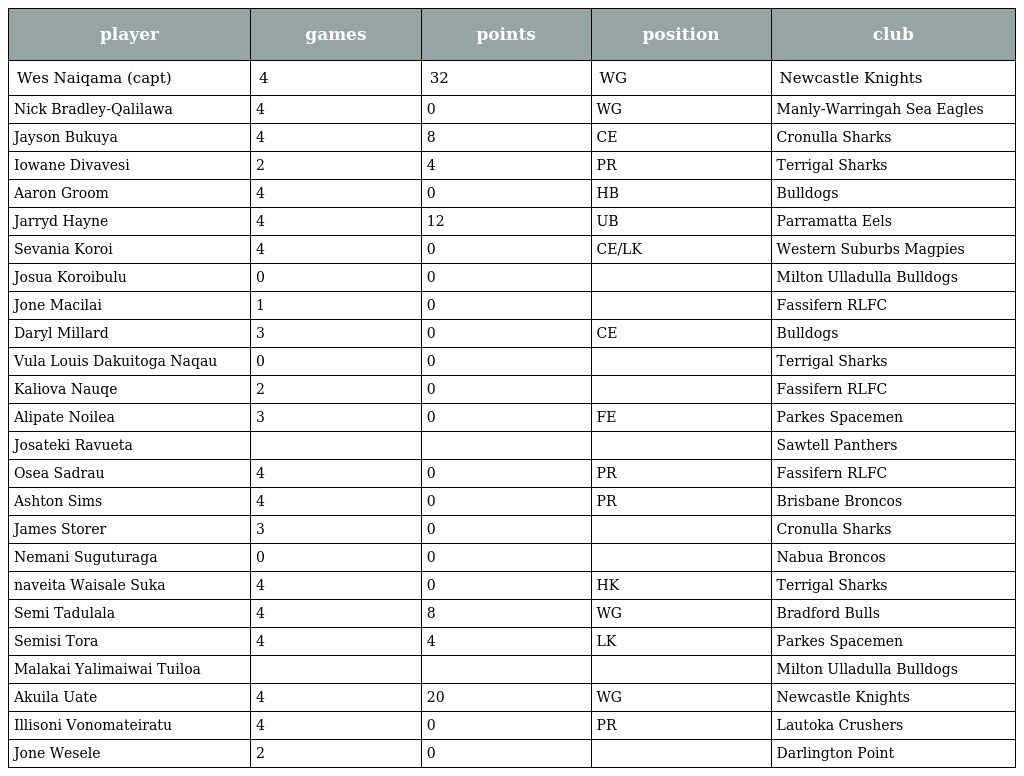
| player | games | points | position | club |
 | --- | --- | --- | --- | --- |
 | Wes Naiqama (capt) | 4 | 32 | WG | Newcastle Knights |
 | Nick Bradley-Qalilawa | 4 | 0 | WG | Manly-Warringah Sea Eagles |
 | Jayson Bukuya | 4 | 8 | CE | Cronulla Sharks |
 | Iowane Divavesi | 2 | 4 | PR | Terrigal Sharks |
 | Aaron Groom | 4 | 0 | HB | Bulldogs |
 | Jarryd Hayne | 4 | 12 | UB | Parramatta Eels |
 | Sevania Koroi | 4 | 0 | CE/LK | Western Suburbs Magpies |
 | Josua Koroibulu | 0 | 0 |  | Milton Ulladulla Bulldogs |
 | Jone Macilai | 1 | 0 |  | Fassifern RLFC |
 | Daryl Millard | 3 | 0 | CE | Bulldogs |
 | Vula Louis Dakuitoga Naqau | 0 | 0 |  | Terrigal Sharks |
 | Kaliova Nauqe | 2 | 0 |  | Fassifern RLFC |
 | Alipate Noilea | 3 | 0 | FE | Parkes Spacemen |
 | Josateki Ravueta |  |  |  | Sawtell Panthers |
 | Osea Sadrau | 4 | 0 | PR | Fassifern RLFC |
 | Ashton Sims | 4 | 0 | PR | Brisbane Broncos |
 | James Storer | 3 | 0 |  | Cronulla Sharks |
 | Nemani Suguturaga | 0 | 0 |  | Nabua Broncos |
 | naveita Waisale Suka | 4 | 0 | HK | Terrigal Sharks |
 | Semi Tadulala | 4 | 8 | WG | Bradford Bulls |
 | Semisi Tora | 4 | 4 | LK | Parkes Spacemen |
 | Malakai Yalimaiwai Tuiloa |  |  |  | Milton Ulladulla Bulldogs |
 | Akuila Uate | 4 | 20 | WG | Newcastle Knights |
 | Illisoni Vonomateiratu | 4 | 0 | PR | Lautoka Crushers |
 | Jone Wesele | 2 | 0 |  | Darlington Point |